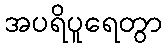
အပရိပူရေတွာ